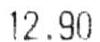
12.90